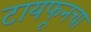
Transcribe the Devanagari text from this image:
टायफूनचा